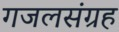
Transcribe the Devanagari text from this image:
गजलसंग्रह